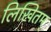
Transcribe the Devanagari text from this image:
लिखितम्